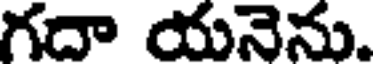
గదా యనెను.